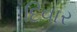
દિવાર